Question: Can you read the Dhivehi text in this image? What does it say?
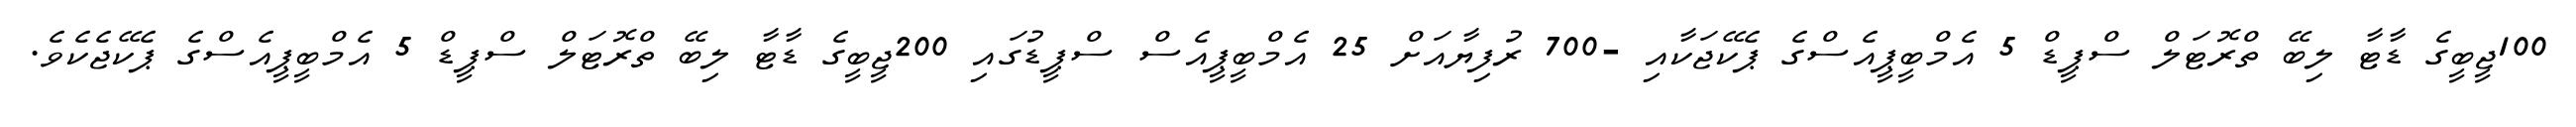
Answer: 100ޖީބީގެ ޑާޓާ ލިބޭ ތްރޮޓަލް ސްޕީޑް 5 އެމްބީޕީއެސްގެ ޕެކޭޖަކާއި -700 ރުފިޔާއަށް 25 އެމްބީޕީއެސް ސްޕީޑުގައި 200ޖީބީގެ ޑާޓާ ލިބޭ ތްރޮޓަލް ސްޕީޑް 5 އެމްބީޕީއެސްގެ ޕެކޭޖެކެވެ.